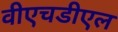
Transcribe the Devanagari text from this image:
वीएचडीएल